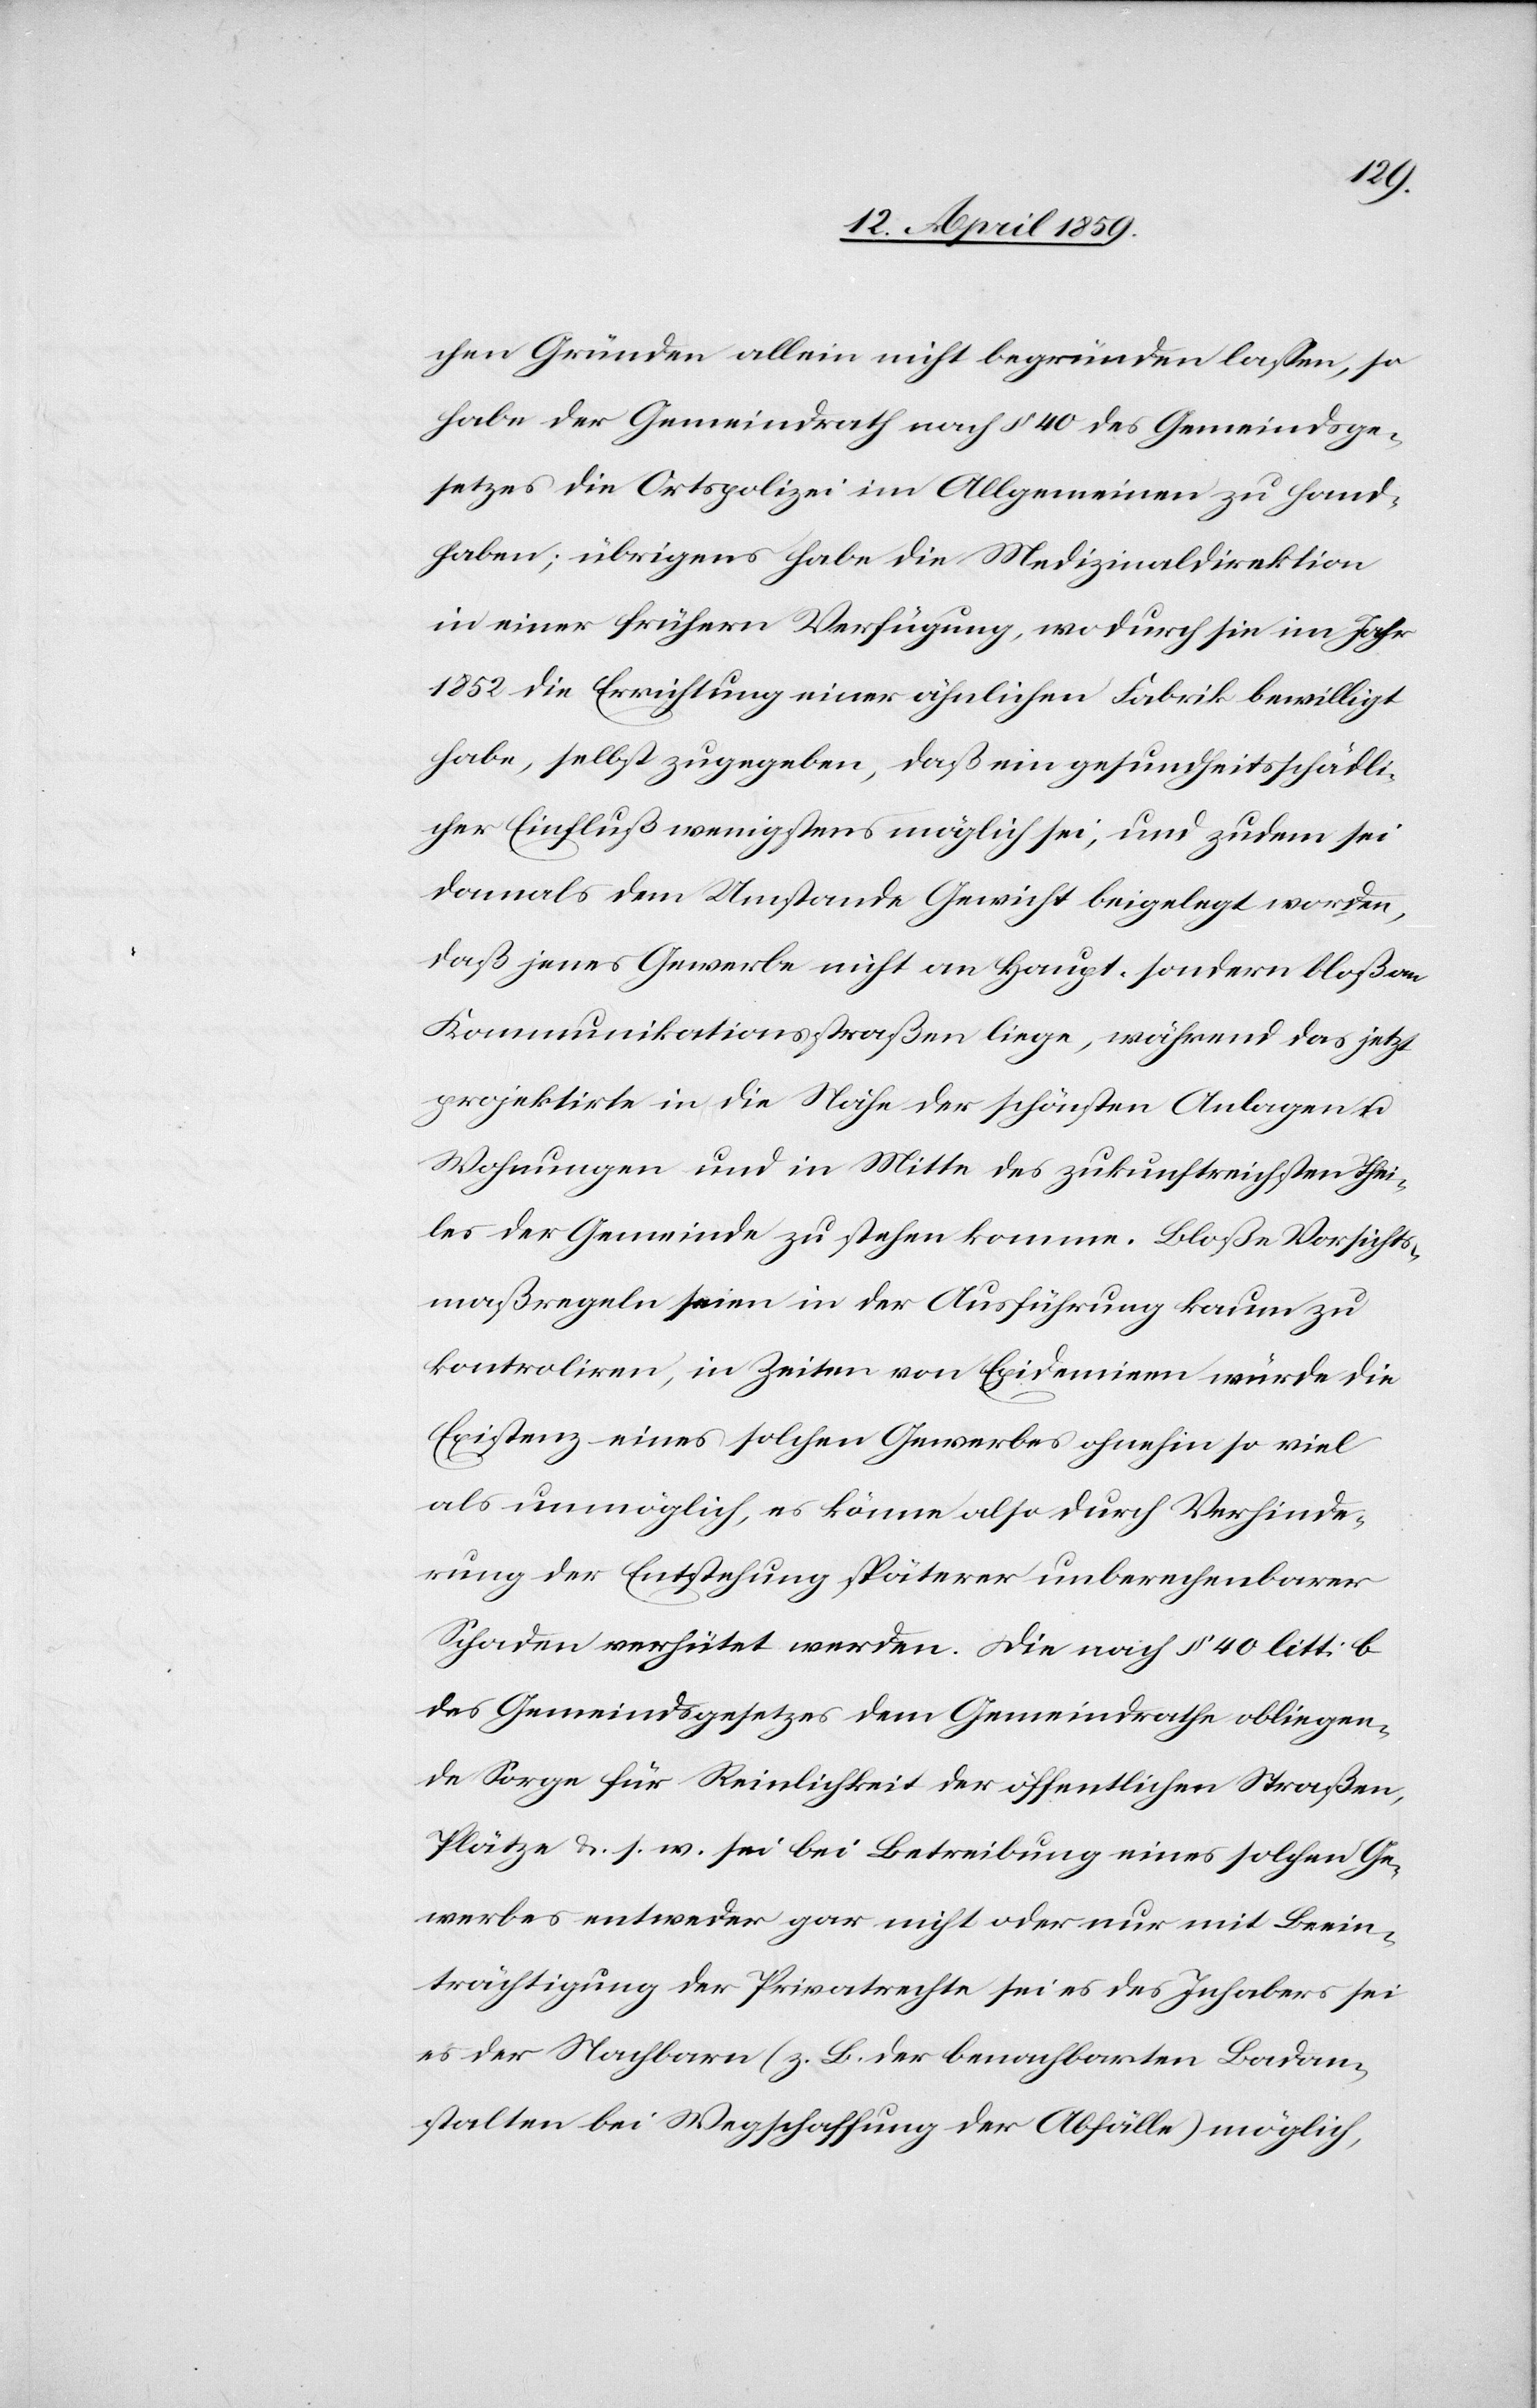
chen Gründen allein nicht begründen laßen, so
habe der Gemeindrath nach § 40 des Gemeindsge¬
setzes die Ortspolizei im Allgemeinen zu hand¬
haben; übrigens habe die Medizinaldirektion
in einer frühern Verfügung, wodurch sie im Jahr
1852 die Errichtung einer ähnlichen Fabrik bewilligt
habe, selbst zugegeben, daß ein gesundheitsschädli¬
cher Einfluß wenigstens möglich sei, und zudem sei
damals dem Umstande Gewicht beigelegt worden,
daß jenes Gewerbe nicht an Haupt- sondern bloßen
Kommunikationsstraßen liege, während das jetzt
projektirte in die Nähe der schönsten Anlagen u.
Wohnungen und in Mitte des zukunftreichsten Thei¬
les der Gemeinde zu stehen komme. Bloße Vorsichts¬
maßregeln seien in der Ausführung kaum zu
kontroliren, in Zeiten von Epidemieen würde die
Existenz eines solchen Gewerbes ohnehin so viel
als unmöglich, es könne also durch Verhinde¬
rung der Entstehung späterer unberechenbarer
Schaden verhütet werden. Die nach § 40 litt. b
des Gemeindsgesetzes dem Gemeindrathe obliegen¬
de Sorge für Reinlichkeit der öffentlichen Straßen,
Plätze u. s. w. sei bei Betreibung eines solchen Ge¬
werbes entweder gar nicht oder nur mit Beein¬
trächtigung der Privatrechte sei es des Inhabers sei
es der Nachbarn (z. B. der benachbarten Badan¬
stalten bei Wegschaffung der Abfälle) möglich,